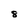
Character: 8